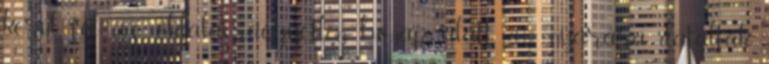
kerül fel az oldalairaegyetlen hónap alatt, 2011 nyarára datálták